Indian journal of veterinary science and animal husbandry - Volumes 18-21, 1948-1951
Year: 1948
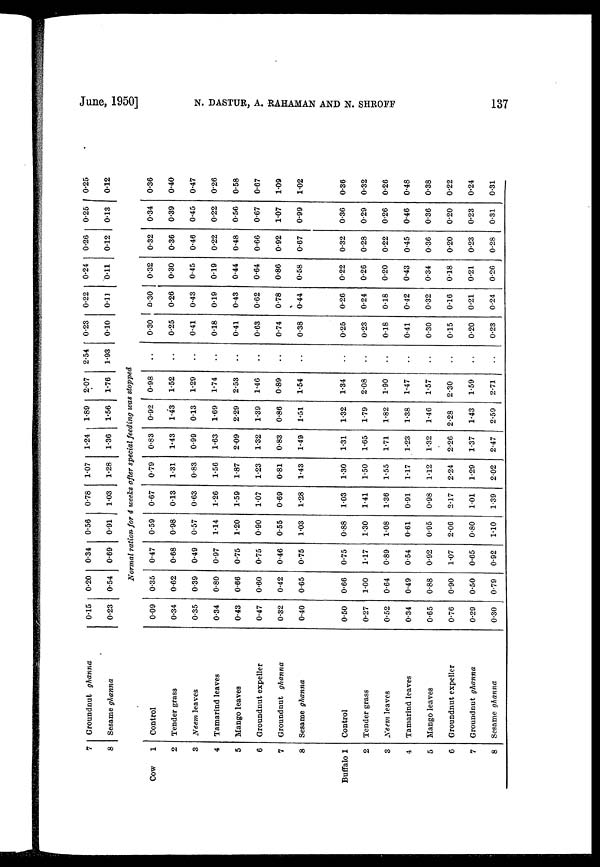
June, 1950] N. DASTUR, A. RAHAMAN AND N. SHROFF 137
7
8
Cow
1
2
3
4
5
6
7
8
Buffalo 1
2
3
4
5
6
7
8
Groundnut ghanna
Sesame ghanna
Control
Tender grass
Neem leaves
Tamarind leaves
Mango leaves
Groundnut expeller
Groundnut ghanna
Sesame ghanna
Control
Tender grass
Neem leaves
Tamarind leaves
Mango leaves
Groundnut expeller
Groundnut ghanna
Sesame ghanna
0.15
0.23
0.09
0.34
0.35
0.34
0.43
0.47
0.32
0.40
0.50
0.27
0.52
0.34
0.65
0.76
0.29
0.30
0.20
0.54
0.34
0.69
0.56
0.91
0.78
1.03
1.07
1.28
1.24
1.36
1.89
1.56
2.07
1.76
2.54
1.93
Normal ration for 4 weeks after special feeding was stopped
0.35
0.62
0.39
0.80
0.66
0.60
0.42
0.65
0.66
1.00
0.64
0.49
0.88
0.90
0.50
0.79
0.47
0.68
0.49
0.97
0.75
0.75
0.46
0.75
0.75
1.17
0.89
0.54
0.92
1.07
0.65
0.92
0.59
0.98
0.57
1.14
1.20
0.90
0.55
1.03
0.88
1.30
1.08
0.61
0.95
2.06
0.80
1.10
0.67
0.13
0.63
1.26
1.59
1.07
0.69
1.28
1.03
1.41
1.36
0.91
0.98
2.17
1.01
1.39
0.79
1.31
0.83
1.56
1.87
1.23
0.81
1.43
1.30
1.50
1.55
1.17
1.12
2.24
1.29
2.02
0.83
1.43
0.99
1.63
2.09
1.32
0.83
1.49
1.31
1.65
1.71
1.23
1.32
2.26
1.37
2.47
0.92
1.43
0.13
1.69
2.29
1.39
0.86
1.51
1.32
1.79
1.82
1.38
1.46
2.28
1.43
2.59
0.98
1.52
1.29
1.74
2.53
1.46
0.89
1.54
1.34
2.08
1.90
1.47
1.57
2.30
1.59
2.71
..
..
..
..
..
..
..
..
..
..
..
..
..
..
..
..
0.23
0.10
0.30
0.25
0.41
018
0.41
0.63
0.74
0.38
0.25
0.23
0.18
0.41
0.30
0.15
0.20
0.23
0.22
0.11
0.30
0.26
0.43
0.19
0.43
0.62
0.78
0.44
0.26
0.24
0.18
0.42
0.32
0.16
0.21
0.24
0.24
0.11
0.32
0.30
0.45
019
0.44
0.64
0.86
0.58
0.22
0.26
0.20
0.43
0.34
0.18
0.21
0.26
0.26
012
0.32
0.36
0.46
0.22
0.48
0.66
0.92
0.67
0.32
0.28
0.22
0.45
0.36
0.20
0.23
0.28
0.25
0.13
0.34
0.39
0.45
0.22
0.56
0.67
107
0.99
0.36
0.29
0.26
0.46
0.36
0.20
0.23
0.31
0.25
012
0.36
0.40
0.47
0.26
0.58
0.67
1.09
1.02
0.36
0.32
0.26
0.48
0.38
0.22
0.24
0.31